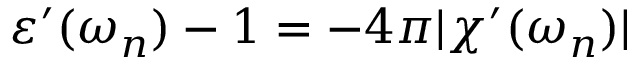
\varepsilon ^ { \prime } ( \omega _ { n } ) - 1 = - 4 \pi | \chi ^ { \prime } ( \omega _ { n } ) |